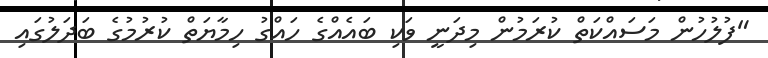
"ފުލުހުން މަސައްކަތް ކުރަމުން މިދަނީ ވަކި ބައެއްގެ ހައްގު ހިމާޔަތް ކުރުމުގެ ބަދަލުގައި